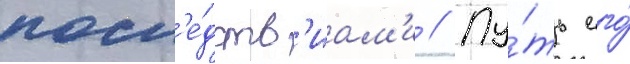
посл'е́дств'иам'и // Пу́ть его́